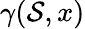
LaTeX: \gamma(\mathcal{S},x)